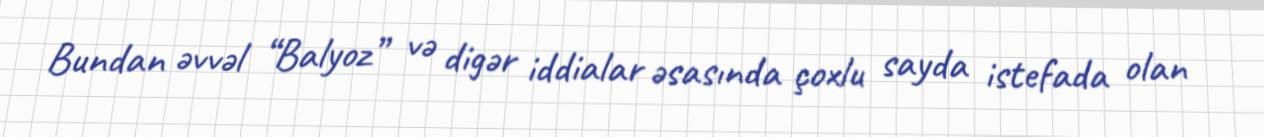
Bundan əvvəl “Balyoz” və digər iddialar əsasında çoxlu sayda istefada olan